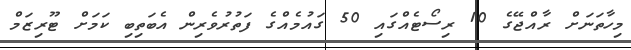
މިހާތަނަށް ރާއްޖޭގެ 10 ރިސޯޓެއްގައި 50 ގައުމެއްގެ ފަތުރުވެރިން އެބަތިބި ކަމަށް ޓޫރިޒަމް